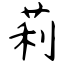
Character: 莉